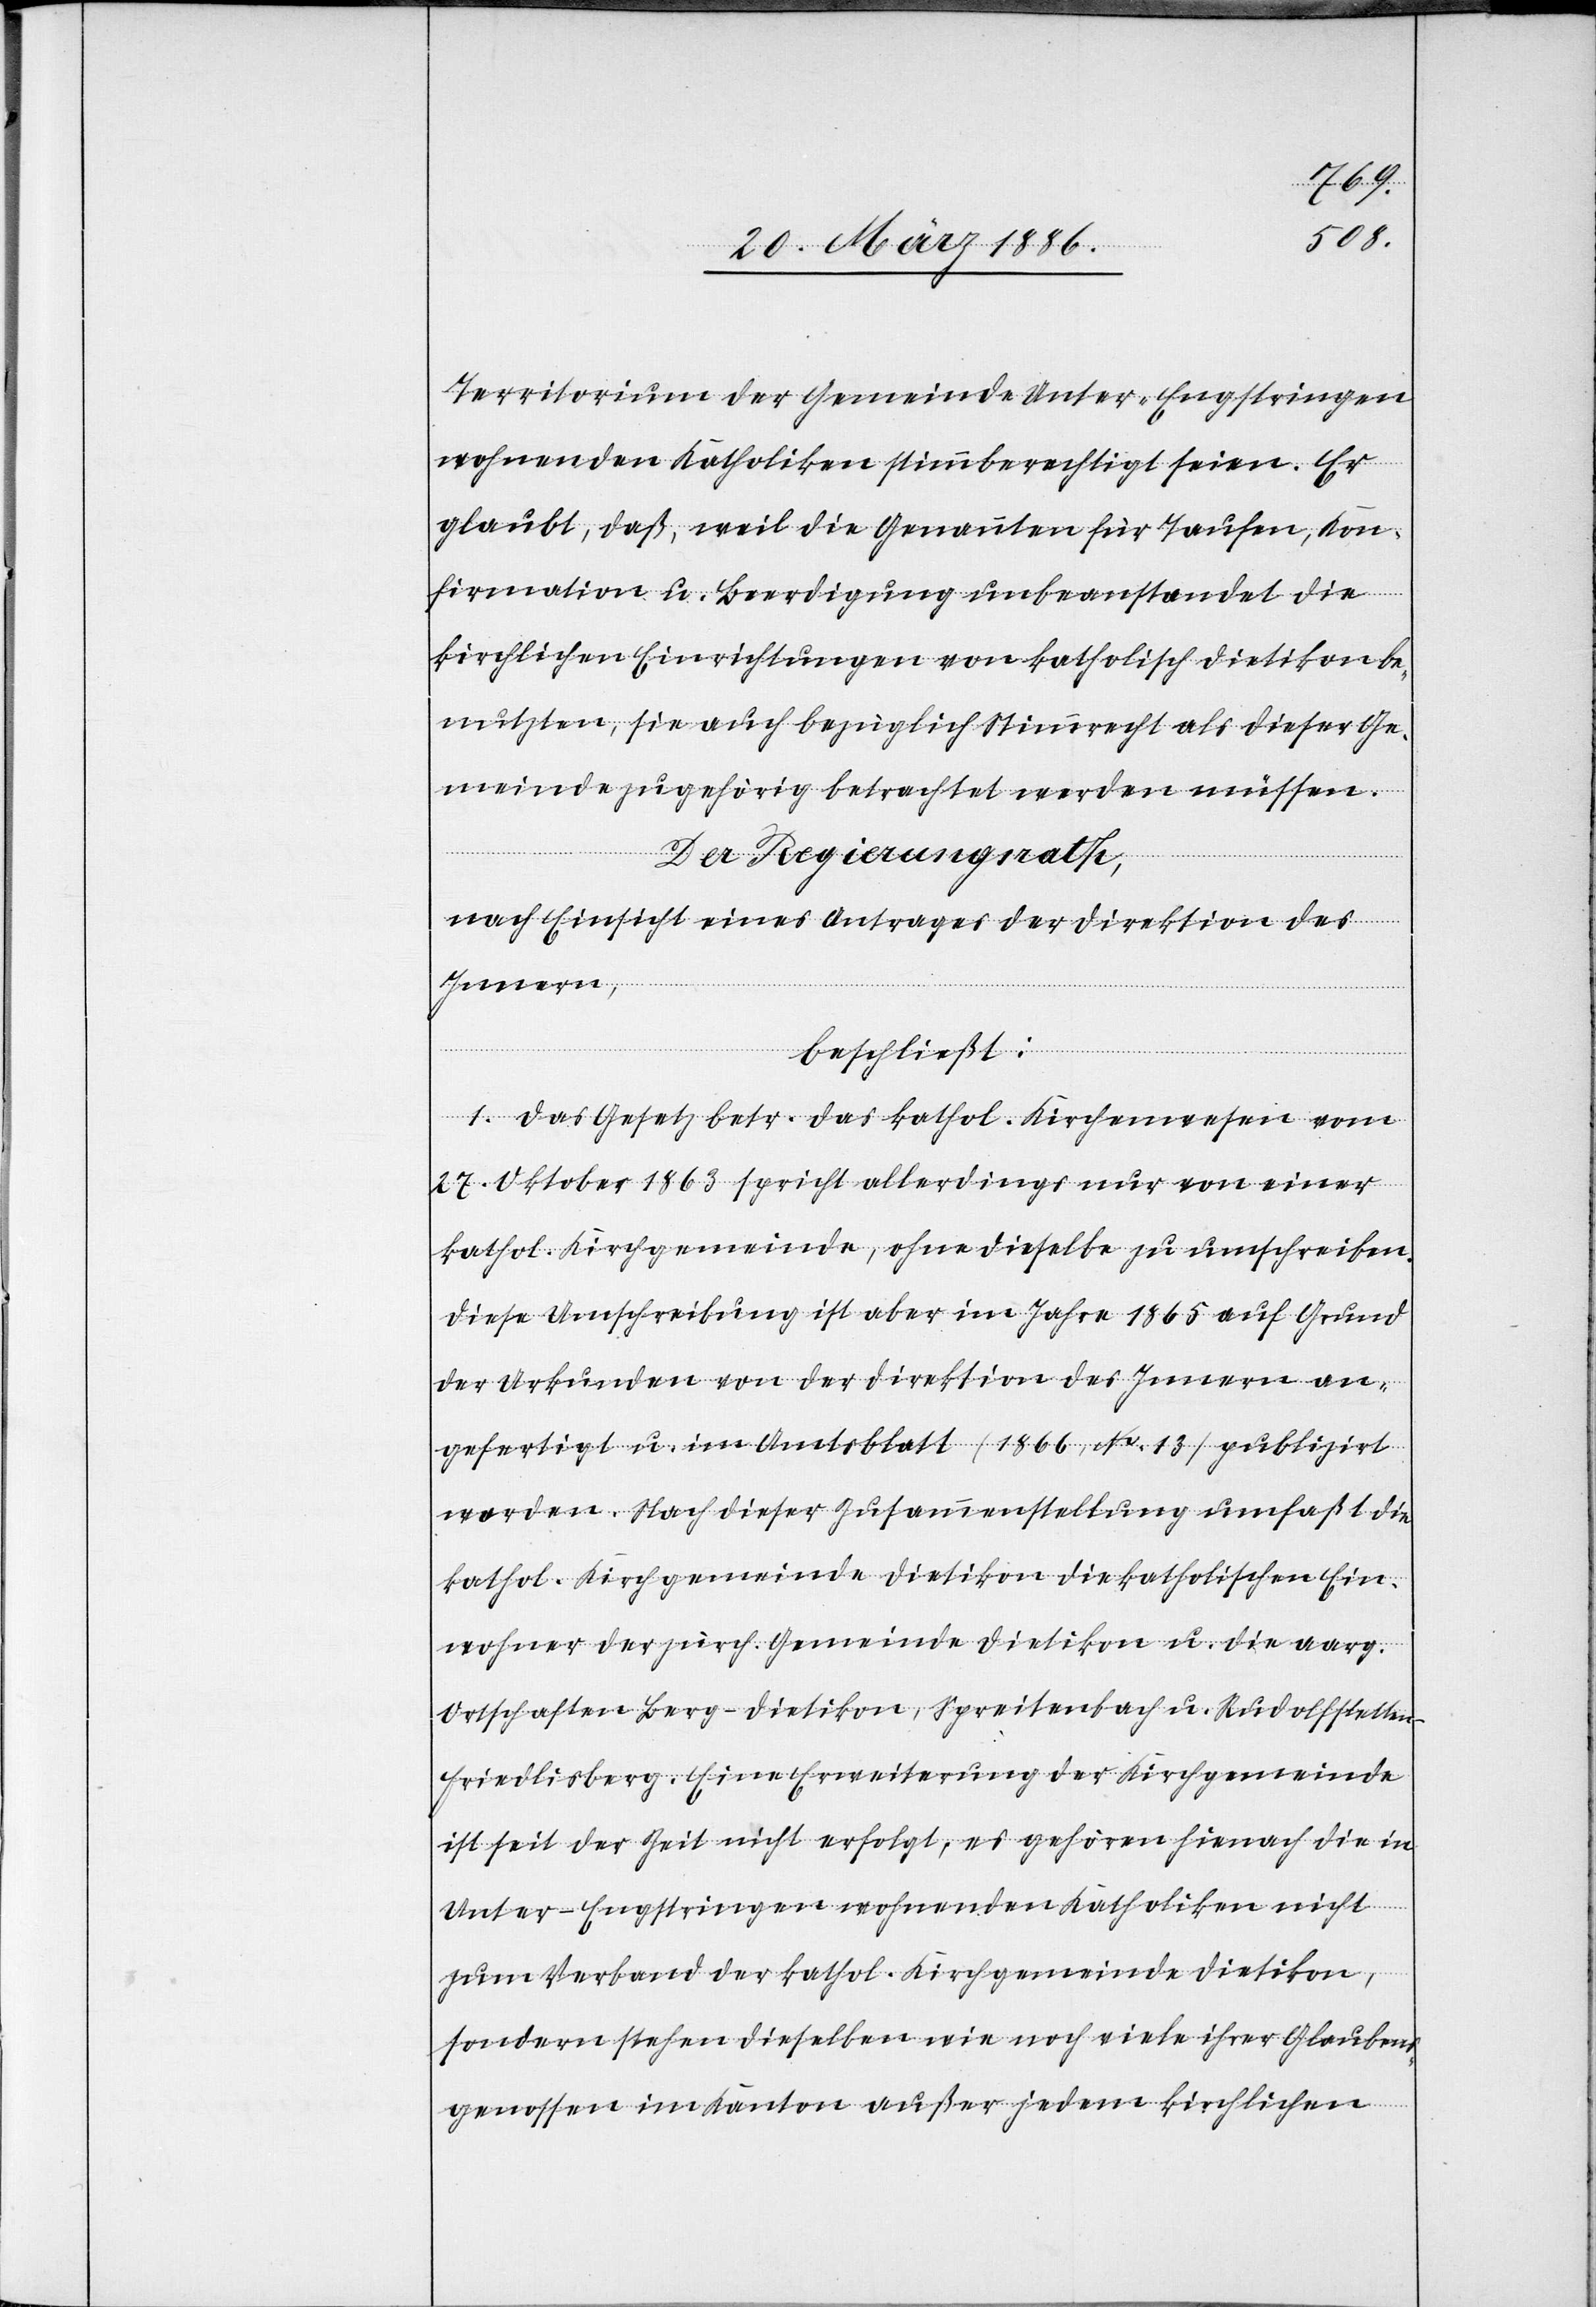
Territorium der Gemeinde Unter-Engstringen
wohnenden Katholiken stimmberechtigt seien. Er
glaubt, daß, weil die Genannten für Taufen, Kon¬
firmation u. Beerdigung unbeanstandet die
kirchlichen Einrichtungen von katholisch Dietikon be¬
nutzen, sie auch bezüglich Stimmrecht als dieser Ge¬
meinde zugehörig betrachtet werden müssen.
Der Regierungsrath,
nach Einsicht eines Antrages der Direktion des
Innern,
beschließt:
1. Das Gesetz betr. das kathol. Kirchenwesen vom
27. Oktober 1863 spricht allerdings nur von einer
kathol. Kirchengemeinde, ohne dieselbe zu umschreiben.
Diese Umschreibung ist aber im Jahre 1865 auf Grund
der Urkunden von der Direktion des Innern an¬
gefertigt u. im Amtsblatt (1866, No. 13) publiziert
worden. Nach dieser Zusammenstellung umfaßt die
kathol. Kirchgemeinde Dietikon die katholischen Ein¬
wohner der zürch. Gemeinde Dietikon u. die aargau.
Ortschaften Berg-Dietikon, Spreitenbach u. Rudolfstetten
Friedlisberg. Eine Erweiterung der Kirchgemeinde
ist seit der Zeit nicht erfolgt, es gehöre hienach die in
Unter-Engstringen wohnenden Katholiken nicht
zum Verband der kathol. Kirchgemeinde Dietikon,
sondern stehen dieselben wie noch viele ihrer Glaubens¬
genossen im Kanton außer jedem kirchlichen